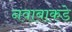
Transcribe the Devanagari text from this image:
नवाबाकडे